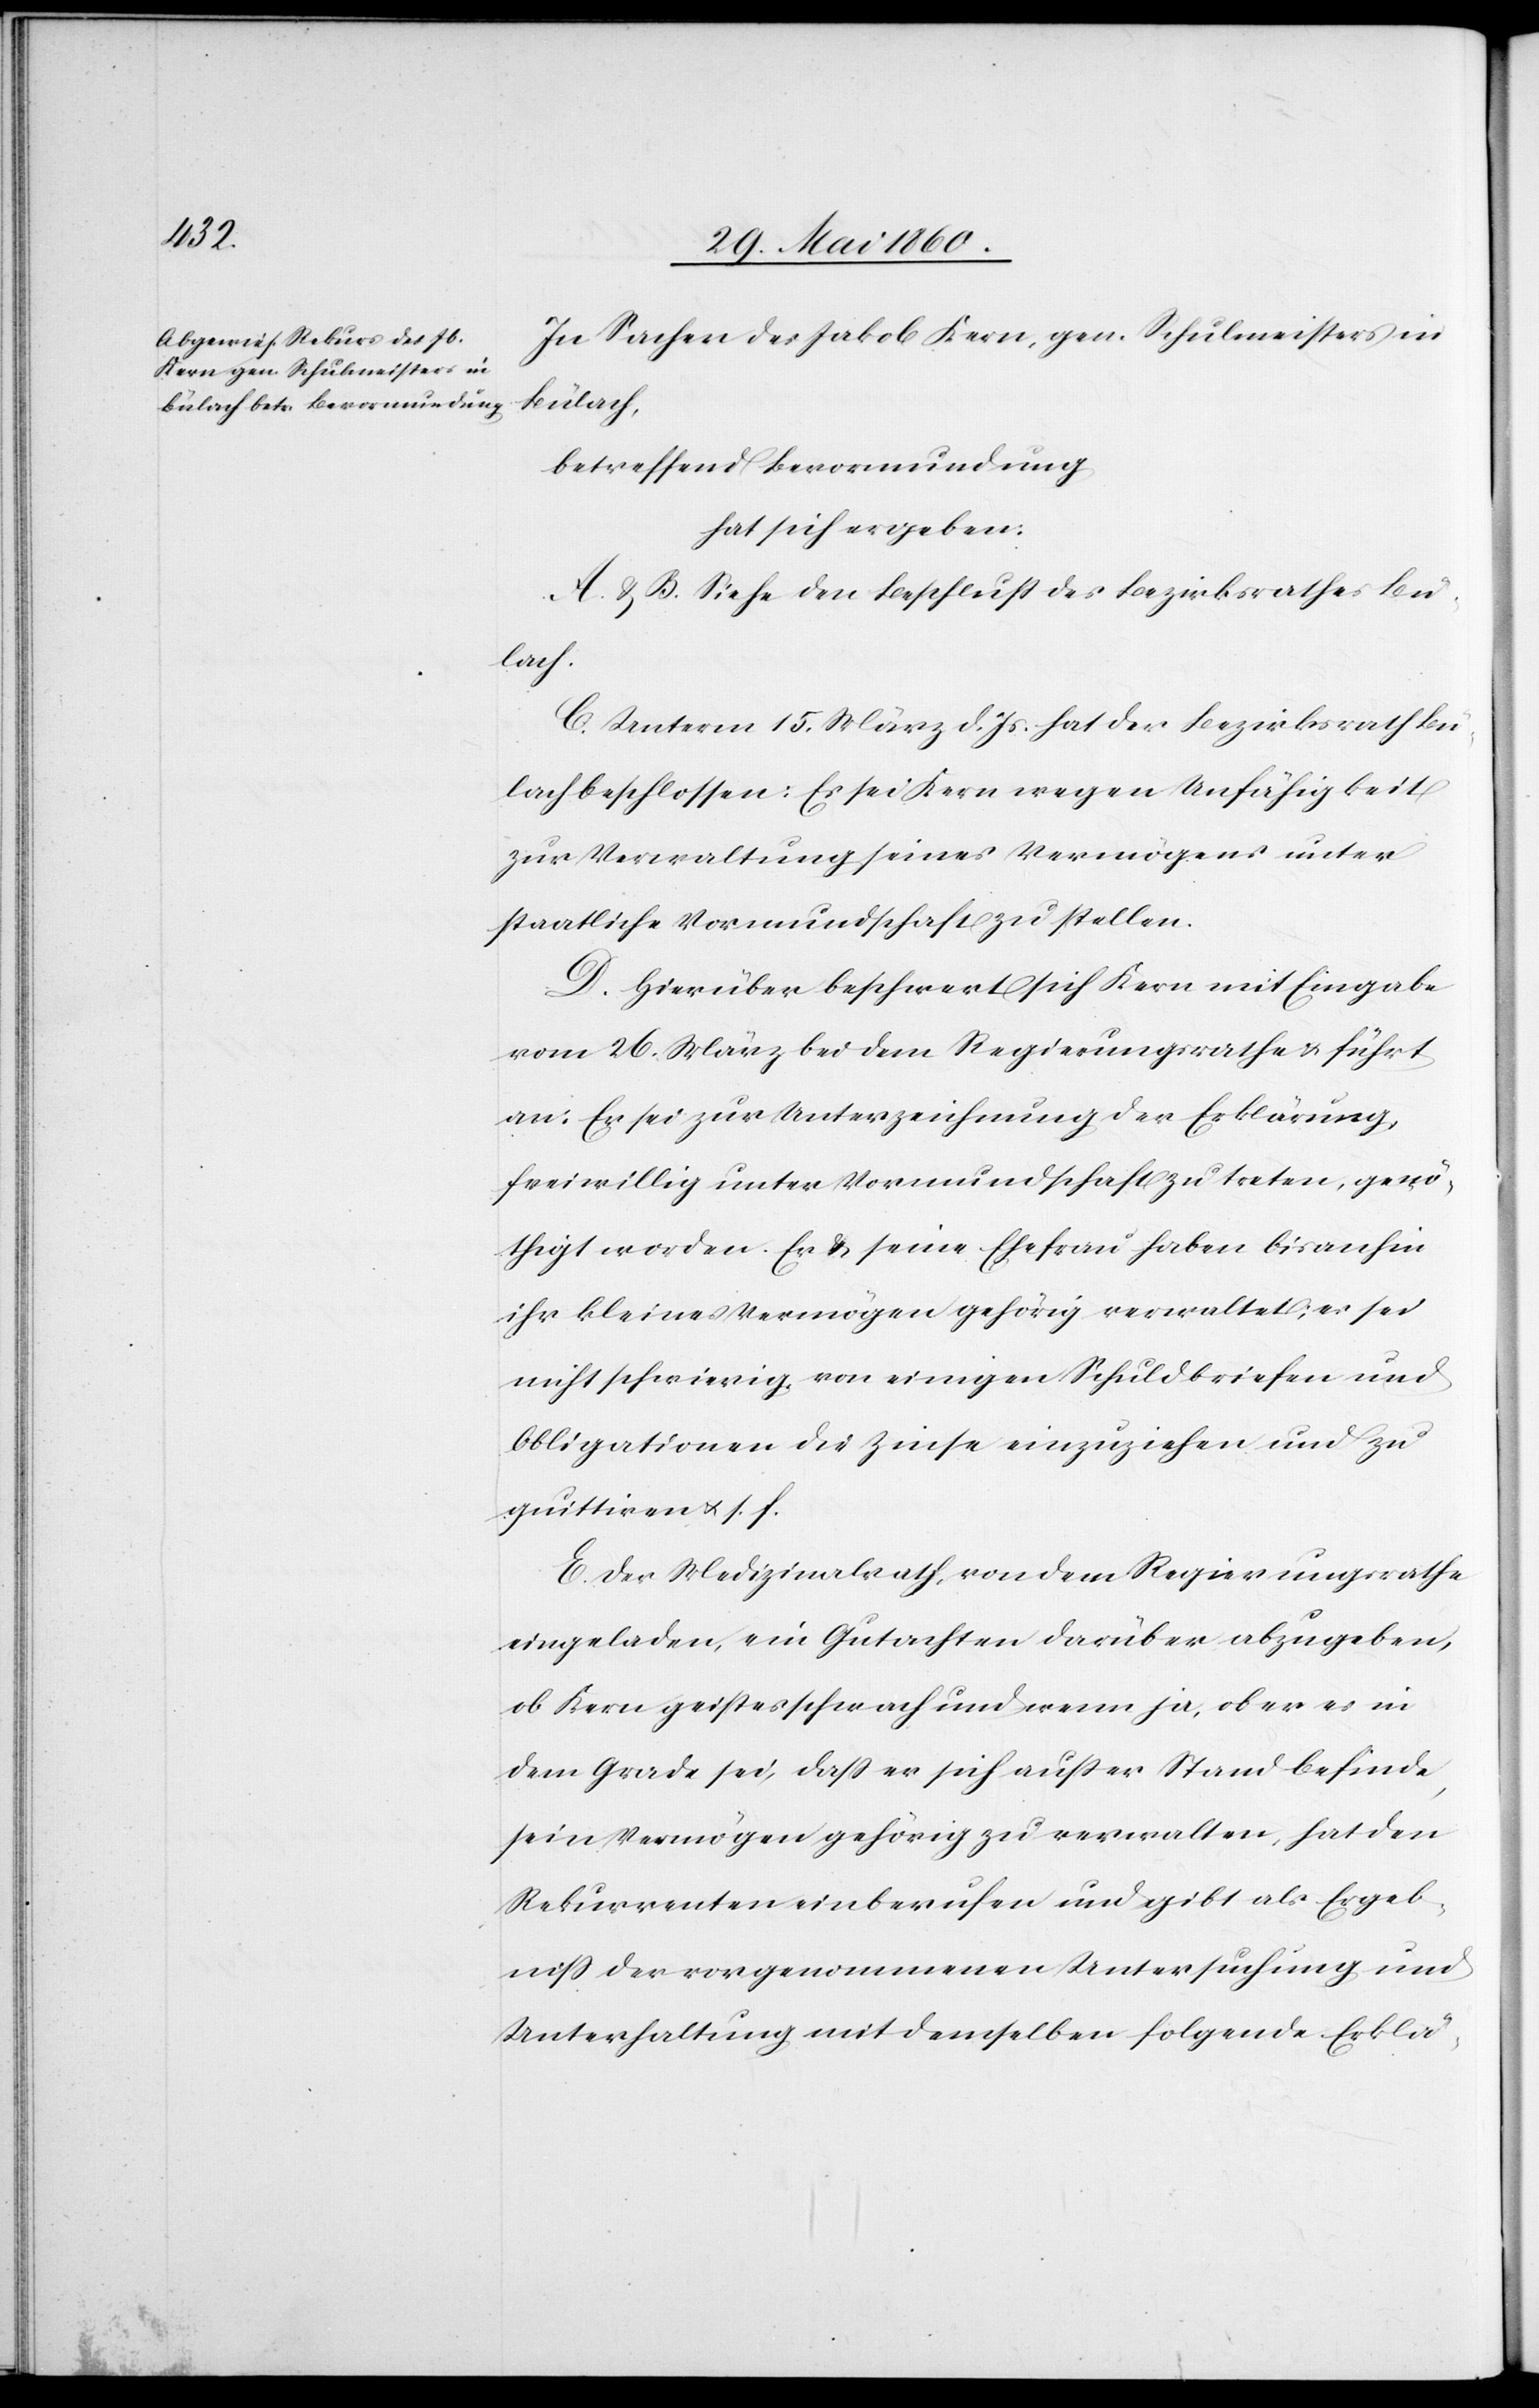
In Sachen des Jakob Kern, gen. Schulmeisters in
Bülach,
betreffend Bevormundung
hat sich ergeben:
A & B. Siehe den Beschluss des Bezirksrathes Bu¬
lach
C. Unterm 15. März d. Js. hat der Bezirksrath Bü¬
lach beschlossen: Es sei Kern wegen Unfähigkeit
zur Verwaltung seines Vermögens unter
staatliche Vormundschaft zu stellen.
D. Hierüber beschwert sich Kern mit Eingabe
vom 26. März bei dem Regierungsrathe u. führt
an: Er sei zur Unterzeichung der Erklärung,
freiwillig unter Vormundschaft zu treten, genö¬
thigt worden. Er u. seine Ehefrau haben bis anhin
ihr kleines Vermögen gehörig verwaltet, es sei
nicht schwierig von einigen Schuldbriefen und
Obligationen die Zinse einzuziehen und zu
quittiren u. s. f.
E. Der Medizinalrath, von dem Regierungsrathe
eingeladen, ein Gutachten darüber abzugeben,
ob Kern geistesschwach und wenn ja, ob er es in
dem Grade sei, dass er sich ausser Stand befinde,
sein Vermögen gehörig zu verwalten, hat den
Rekurrenten einberufen und gibt als Ergeb¬
niss der vorgenommenen Untersuchung und
Unterhaltung mit demselben folgende Erklä-